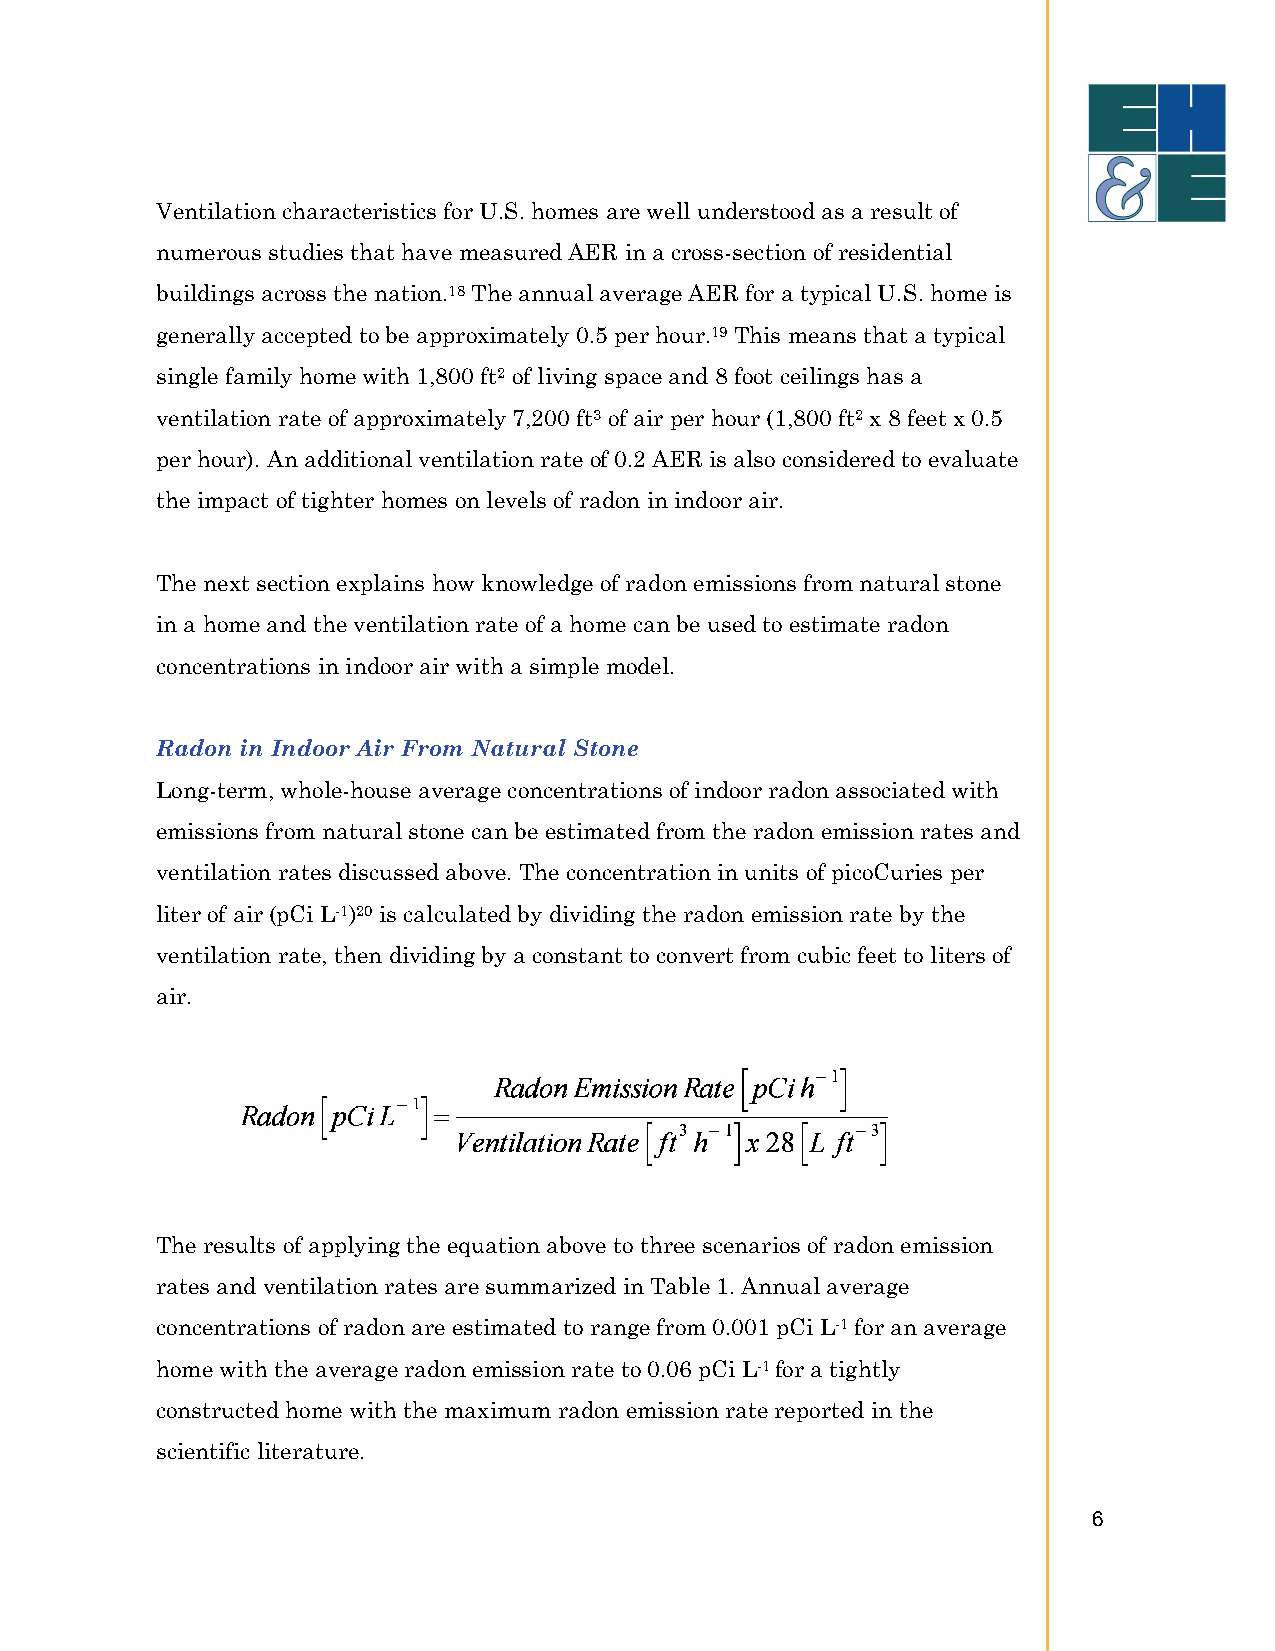
Ventilation characteristics for U.S. homes are well understood as a result of
 numerous studies that have measured AER in a cross-section of residential
 buildings across the nation.18 The annual average AER for a typical U.S. home is
 generally accepted to be approximately 0.5 per hour.19 This means that a typical
 single family home with 1,800 ft2 of living space and 8 foot ceilings has a
 ventilation rate of approximately 7,200 ft3 of air per hour (1,800 ft2 x 8 feet x 0.5
 per hour). An additional ventilation rate of 0.2 AER is also considered to evaluate
 the impact of tighter homes on levels of radon in indoor air.
 The next section explains how knowledge of radon emissions from natural stone
 in a home and the ventilation rate of a home can be used to estimate radon
 concentrations in indoor air with a simple model.
 Radon in Indoor Air From Natural Stone
 Long-term, whole-house average concentrations of indoor radon associated with
 emissions from natural stone can be estimated from the radon emission rates and
 ventilation rates discussed above. The concentration in units of picoCuries per
 liter of air (pCi L-1)20 is calculated by dividing the radon emission rate by the
 ventilation rate, then dividing by a constant to convert from cubic feet to liters of
 air.
 The results of applying the equation above to three scenarios of radon emission
 rates and ventilation rates are summarized in Table 1. Annual average
 concentrations of radon are estimated to range from 0.001 pCi L-1 for an average
 home with the average radon emission rate to 0.06 pCi L-1 for a tightly
 constructed home with the maximum radon emission rate reported in the
 scientific literature.
 6